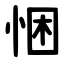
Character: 悃